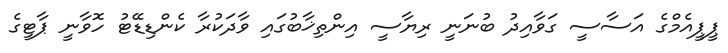
ޕީޕީއެމްގެ އަސާސީ ގަވާއިދު ބުނަނީ ރިޔާސީ އިންތިޚާބުގައި ވާދަކުރާ ކެންޑިޑޭޓު ހޮވާނީ ޕާޓީގެ